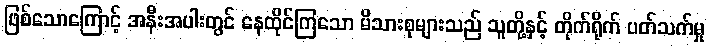
ဖြစ်သောကြောင့် အနီးအပါးတွင် နေထိုင်ကြသော မိသားစုများသည် သူတို့နှင့် တိုက်ရိုက် ပတ်သက်မှု